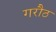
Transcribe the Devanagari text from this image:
गरौठ